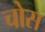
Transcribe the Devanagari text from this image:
चोस